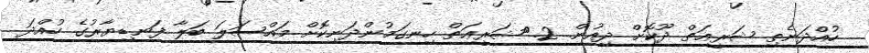
ހުއްދަނެތި ޝަރީޢަތް ދޫކޮށް ދިއުން. 2.	ޝަރީޢަތް ހިނގަމުންދަނިކޮށް މައްސަލަ ބަލާ ފަނޑިޔާރުގެ ހުއްދަ